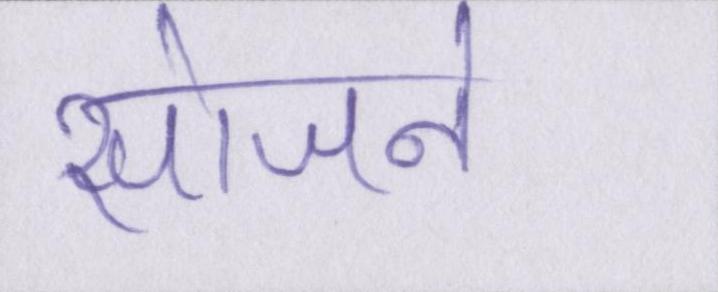
सोजने